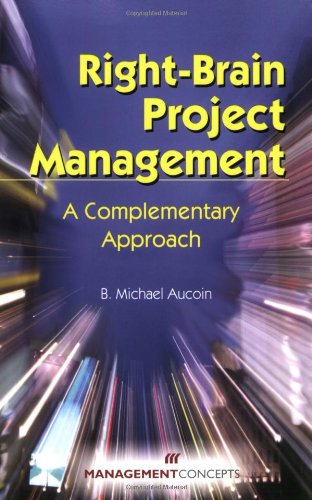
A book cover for Right-Brain Project Management: A Complementary Approach; B. Michael Aucoin; Business & Money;